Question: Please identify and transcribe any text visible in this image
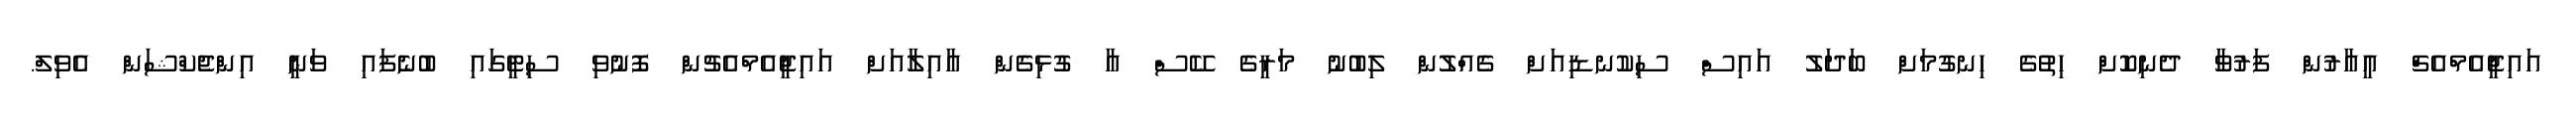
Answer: އައިޖީއެމްއެޗް އީއާރުން ފަރުވާ ދެނިކޮށް ހިތުގެ ހިނގުމަށް ބަދަލު އައިސް ސިކުނޑިއަށް ގެއްލުން ލިބުނު މަރީގެ ކޭސް އާ ގުޅިގެން އާއިލާއަށް އައިޖީއެމްއެޗުން ފޮނުވި ސިޓީގައި ބުނެފައި ވަނީ އިންޖެކްޝަން އެވިލް.